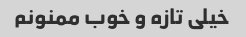
خیلی تازه و خوب ممنونم